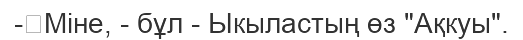
-	Міне, - бұл - Ыкыластың өз "Ақкуы".